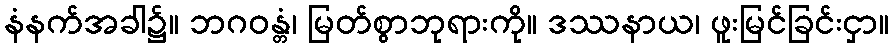
နံနက်အခါ၌။ ဘဂဝန္တံ၊ မြတ်စွာဘုရားကို။ ဒဿနာယ၊ ဖူးမြင်ခြင်းငှာ။